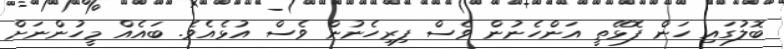
ބޮލުގައި ހަން ފޮޅޭތީ އަންހެނުން ވެސް ފިރިހެނުން ވެސް އުޅެއެވެ. ބައެއް މީހުންނަށް